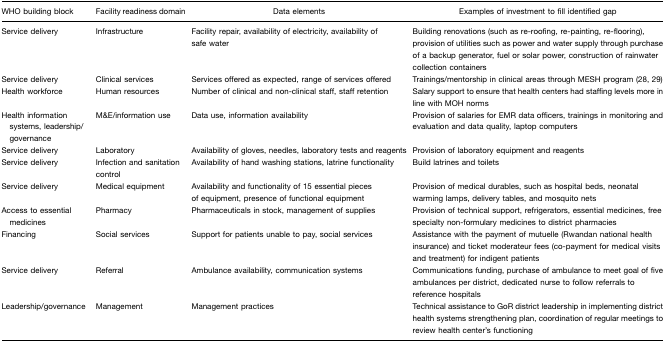
<table><thead><tr><td><b>WHO building block</b></td><td><b>Facility readiness domain</b></td><td><b>Data elements</b></td><td><b>Examples of investment to fill identified gap</b></td></tr></thead><tbody><tr><td>Service delivery</td><td>Infrastructure</td><td>Facility repair, availability of electricity, availability of safe water</td><td>Building renovations (such as re-roofing, re-painting, re-flooring), provision of utilities such as power and water supply through purchase of a backup generator, fuel or solar power, construction of rainwater collection containers</td></tr><tr><td>Service delivery</td><td>Clinical services</td><td>Services offered as expected, range of services offered</td><td>Trainings/mentorship in clinical areas through MESH program (28, 29)</td></tr><tr><td>Health workforce</td><td>Human resources</td><td>Number of clinical and non-clinical staff, staff retention</td><td>Salary support to ensure that health centers had staffing levels more in line with MOH norms</td></tr><tr><td>Health information systems, leadership/governance</td><td>M&amp;E/information use</td><td>Data use, information availability</td><td>Provision of salaries for EMR data officers, trainings in monitoring and evaluation and data quality, laptop computers</td></tr><tr><td>Service delivery</td><td>Laboratory</td><td>Availability of gloves, needles, laboratory tests and reagents</td><td>Provision of laboratory equipment and reagents</td></tr><tr><td>Service delivery</td><td>Infection and sanitation control</td><td>Availability of hand washing stations, latrine functionality</td><td>Build latrines and toilets</td></tr><tr><td>Service delivery</td><td>Medical equipment</td><td>Availability and functionality of 15 essential pieces of equipment, presence of functional equipment</td><td>Provision of medical durables, such as hospital beds, neonatal warming lamps, delivery tables, and mosquito nets</td></tr><tr><td>Access to essential medicines</td><td>Pharmacy</td><td>Pharmaceuticals in stock, management of supplies</td><td>Provision of technical support, refrigerators, essential medicines, free specialty non-formulary medicines to district pharmacies</td></tr><tr><td>Financing</td><td>Social services</td><td>Support for patients unable to pay, social services</td><td>Assistance with the payment of mutuelle (Rwandan national health insurance) and ticket moderateur fees (co-payment for medical visits and treatment) for indigent patients</td></tr><tr><td>Service delivery</td><td>Referral</td><td>Ambulance availability, communication systems</td><td>Communications funding, purchase of ambulance to meet goal of five ambulances per district, dedicated nurse to follow referrals to reference hospitals</td></tr><tr><td>Leadership/governance</td><td>Management</td><td>Management practices</td><td>Technical assistance to GoR district leadership in implementing district health systems strengthening plan, coordination of regular meetings to review health center&#x27;s functioning</td></tr></tbody></table>